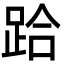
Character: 跲